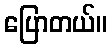
ပြောတယ်။